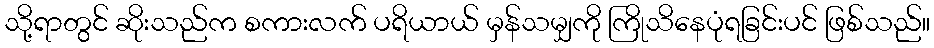
သို့ရာတွင် ဆိုးသည်က စကားလက် ပရိယာယ် မှန်သမျှကို ကြိုသိနေပုံရခြင်းပင် ဖြစ်သည်။